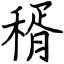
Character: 稰